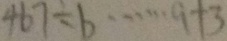
4 6 7 \div b \cdots 9 + 3